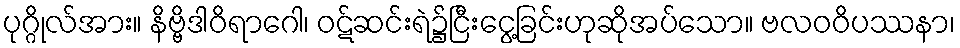
ပုဂ္ဂိုလ်အား။ နိဗ္ဗိဒါဝိရာဂေါ၊ ဝဋ်ဆင်းရဲ၌ငြီးငွေ့ခြင်းဟုဆိုအပ်သော။ ဗလဝဝိပဿနာ၊